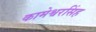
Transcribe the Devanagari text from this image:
कामेश्वरसिंह